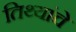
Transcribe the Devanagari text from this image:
तिथ्यांचे